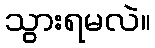
သွားရမလဲ။